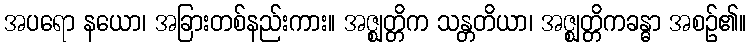
အပရော နယော၊ အခြားတစ်နည်းကား။ အဇ္ဈတ္တိက သန္တတိယာ၊ အဇ္ဈတ္တိကခန္ဓာ အစဉ်၏။